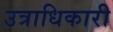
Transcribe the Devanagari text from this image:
उत्राधिकारी